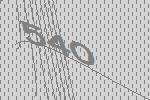
540